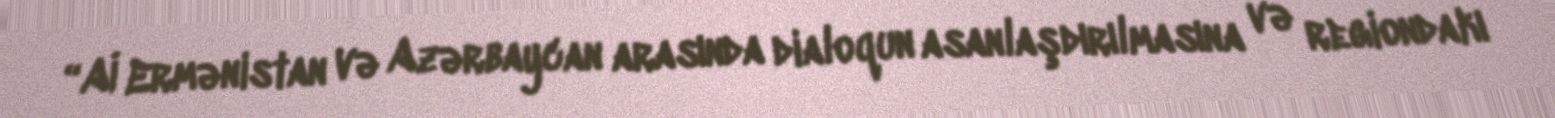
“Aİ Ermənistan və Azərbaycan arasında dialoqun asanlaşdırılmasına və regiondakı